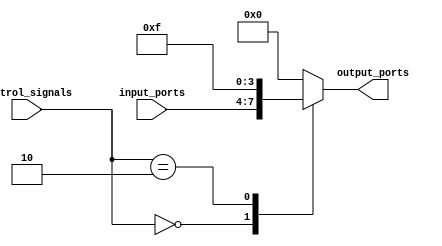
module IO_Bus_Switch(
    input wire [1:0] control_signals,
    input wire [3:0] input_ports,
    output reg [3:0] output_ports
);

reg [3:0] selected_connections;

always @ (control_signals, input_ports) begin
    case(control_signals)
        2'b00: selected_connections <= input_ports;
        2'b01: selected_connections <= 4'b0000;
        2'b10: selected_connections <= 4'b1111;
        default: selected_connections <= 4'b0000;
    endcase
end

always @ (*) begin
    output_ports = selected_connections;
end

endmodule